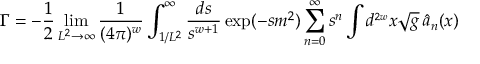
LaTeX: \Gamma = - \frac { 1 } { 2 } \operatorname * { l i m } _ { L ^ { 2 } \rightarrow \infty } \frac { 1 } { ( 4 \pi ) ^ { w } } \int _ { 1 / L ^ { 2 } } ^ { \infty } \frac { d s } { s ^ { w + 1 } } \exp ( - s m ^ { 2 } ) \sum _ { n = 0 } ^ { \infty } s ^ { n } \int d ^ { \scriptscriptstyle { 2 w } } x \sqrt { g } \, \hat { a } _ { n } ( x )